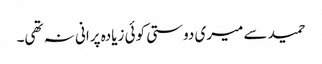
حمید سے میری دوستی کوئی زیادہ پرانی نہ تھی۔